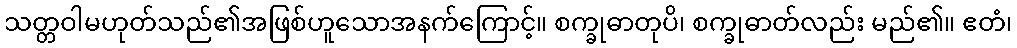
သတ္တဝါမဟုတ်သည်၏အဖြစ်ဟူသောအနက်ကြောင့်။ စက္ခုဓာတုပိ၊ စက္ခုဓာတ်လည်း မည်၏။ ဧတံ၊